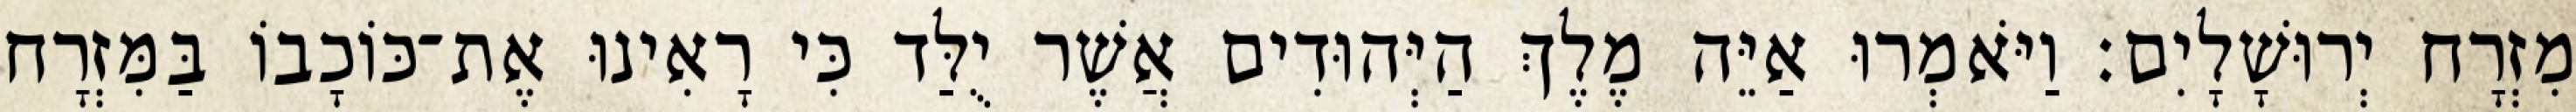
מִזְרָח יְרוּשָׁלָיִם׃ וַיֹּאמְרוּ אַיֵּה מֶלֶךְ הַיְּהוּדִים אֲשֶׁר יֻלַּד כִּי רָאִינוּ אֶת־כּוֹכָבוֹ בַּמִּזְרָח